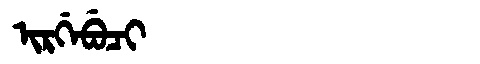
Manchu: ᡳᡵᡤᡝᠪᡠᠴᡳ
Romanization: IRGEBUCI